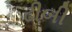
ઢીબી